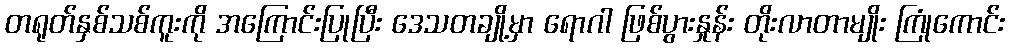
တရုတ်နှစ်သစ်ကူးကို အကြောင်းပြုပြီး ဒေသတချို့မှာ ရောဂါ ဖြစ်ပွားနှုန်း တိုးလာတာမျိုး ကြုံကောင်း